画像に写った文字を読んでください
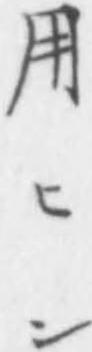
「用ヒン」と書いてあります